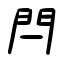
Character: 閂